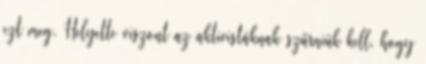
ezt meg. Helyette viszont az aktivistáknak szűrniük kell, hogy